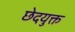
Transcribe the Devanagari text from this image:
छेदयुक्त